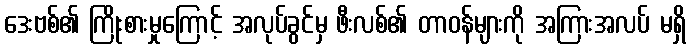
ဒေးဗစ်၏ ကြိုးစားမှုကြောင့် အလုပ်ခွင်မှ ဖီးလစ်၏ တာဝန်များကို အကြားအလပ် မရှိ